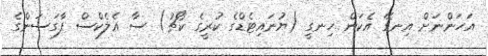
އަހަންނަށް އިނގޭ އެކަން ހިނގީ (ޔުނައިޓެޑްގެ ކުރީގެ ކޯޗު) ސާ އެލެކްސް ފާގަސަންގެ